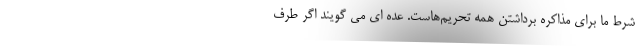
شرط ما برای مذاکره برداشتن همه تحریم‌هاست. عده ای می گویند اگر طرف